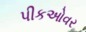
પીકઓવર